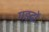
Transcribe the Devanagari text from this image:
गङ्ढों